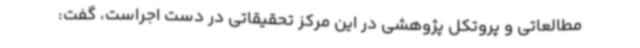
مطالعاتی و پروتکل پژوهشی در این مرکز تحقیقاتی در دست اجراست، گفت: